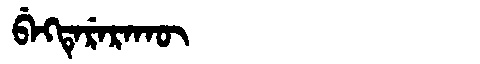
Manchu: ᠪᡝᡴᡨᡝᡵᡝᡵᠠᡴᡡ
Romanization: BEKTERERAKŪ